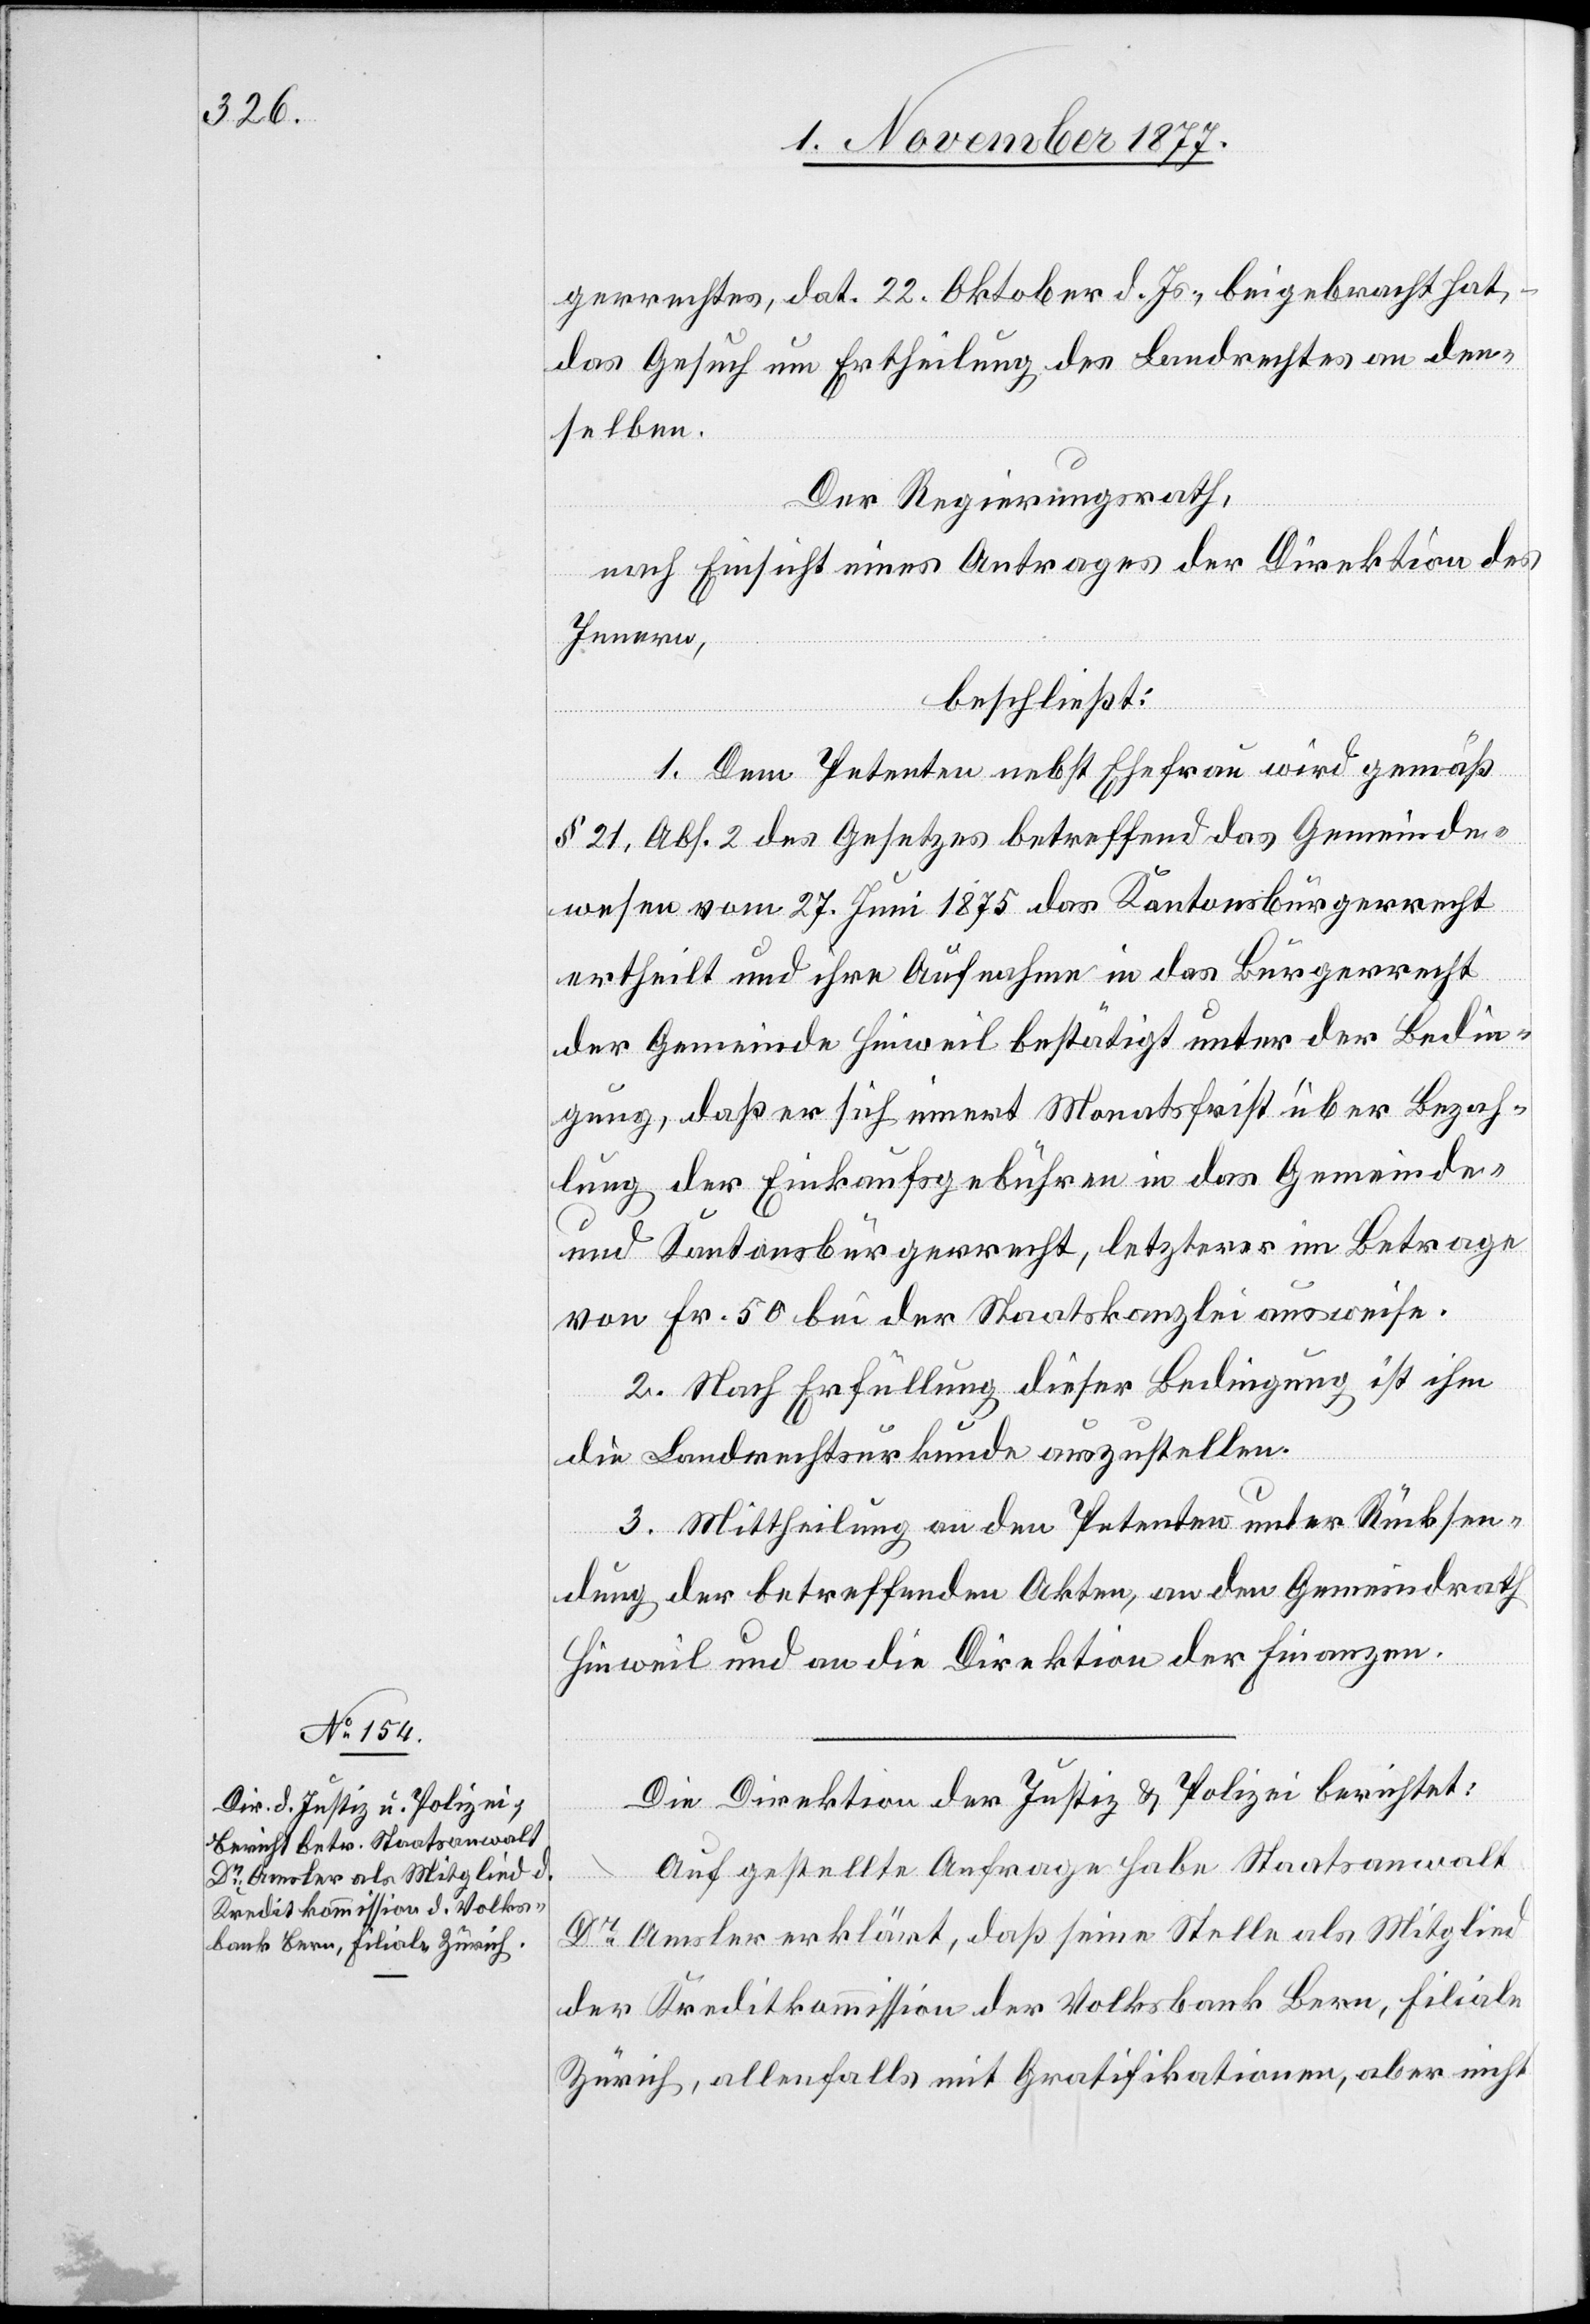
gerrechtes, dat. 2. Oktober d. Js., beigebracht hat,
das Gesuch um Ertheilung des Landrechtes an den¬
selben.
Der Regierungsrath,
nach Einsicht eines Antrages der Direktion des
Innern,
beschließt:
1. Dem Petenten nebst Ehefrau wird gemäß
§ 21, Abs. 2 des Gesetzes betreffend das Gemeinde¬
wesen vom 27. Juni 1875 das Kantonsbürgerrecht
ertheilt und ihre Aufnahme in das Bürgerrecht
der Gemeinde Hinweil bestätigt unter der Bedin¬
gung, daß er sich innert Monatsfrist über Bezah¬
lung der Einkaufsgebühren in das Gemeinde-
und Kantonsbürgerrecht, letzterer im Betrage
von Fr. 50 bei der Staatskanzlei ausweise.
2. Nach Erfüllung dieser Bedingung ist ihm
die Landrechtsurkunde auszustellen.
3. Mittheilung an den Petenten unter Rücksen¬
dung der betreffenden Akten, an den Gemeindrath
Hinweil und an die Direktion der Finanzen.
Die Direktion der Justiz & Polizei berichtet:
Auf gestellte Anfrage habe Staatsanwalt
Dr Amsler erklärt, daß seine Stelle als Mitglied
der Kreditkommission der Volksbank Bern, Filiale
Zürich, allenfalls mit Gratifikationen, aber nicht